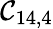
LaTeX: \mathcal{C}_{14,4}